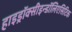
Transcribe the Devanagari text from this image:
हाइड्रॉक्सीइन्डॉलिएसिटिक